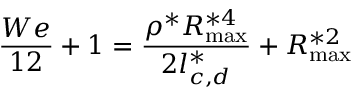
\frac { W e } { 1 2 } + 1 = \frac { { { \rho } ^ { * } } R _ { \operatorname* { m a x } } ^ { * 4 } } { 2 l _ { c , d } ^ { * } } + R _ { \operatorname* { m a x } } ^ { * 2 }